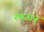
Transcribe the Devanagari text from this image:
रमजान्